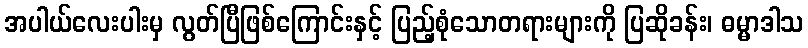
အပါယ်လေးပါးမှ လွတ်ပြီဖြစ်ကြောင်းနှင့် ပြည့်စုံသောတရားများကို ပြဆိုခန်း၊ ဓမ္မာဒါသ